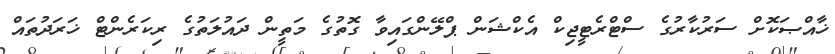
ޚާއްޞަކޮށް ސަރުކާރުގެ ސްޓްރެޓީޖިކް އެކްޝަން ޕްލޭންގައިވާ ގޮތުގެ މަތީން ދައުލަތުގެ ރިކަރެންޓް ޚަރަދުތައް